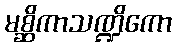
မစ္ဆိကာသဏ္ဍိကော